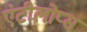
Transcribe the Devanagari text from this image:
एंटीलोप्स